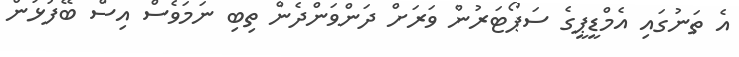
އެ ތަނުގައި އެމްޑީޕީގެ ސަޕޯޓަރުން ވަރަށް ދަންވަންދެން ތިބި ނަމަވެސް އިސް ބޭފުޅުން